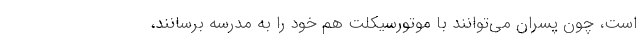
است، چون پسران می‌توانند با موتورسیکلت هم خود را به مدرسه برسانند،